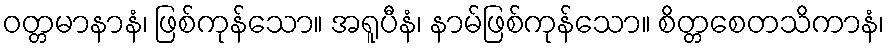
ဝတ္တမာနာနံ၊ ဖြစ်ကုန်သော။ အရူပီနံ၊ နာမ်ဖြစ်ကုန်သော။ စိတ္တစေတသိကာနံ၊